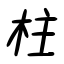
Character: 柱